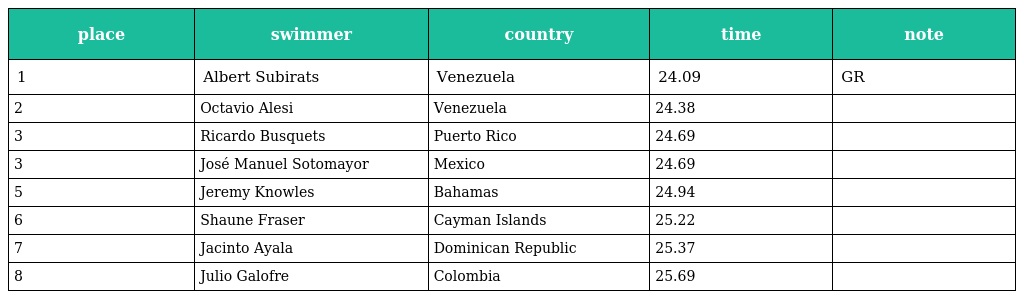
| place | swimmer | country | time | note |
 | --- | --- | --- | --- | --- |
 | 1 | Albert Subirats | Venezuela | 24.09 | GR |
 | 2 | Octavio Alesi | Venezuela | 24.38 |  |
 | 3 | Ricardo Busquets | Puerto Rico | 24.69 |  |
 | 3 | José Manuel Sotomayor | Mexico | 24.69 |  |
 | 5 | Jeremy Knowles | Bahamas | 24.94 |  |
 | 6 | Shaune Fraser | Cayman Islands | 25.22 |  |
 | 7 | Jacinto Ayala | Dominican Republic | 25.37 |  |
 | 8 | Julio Galofre | Colombia | 25.69 |  |